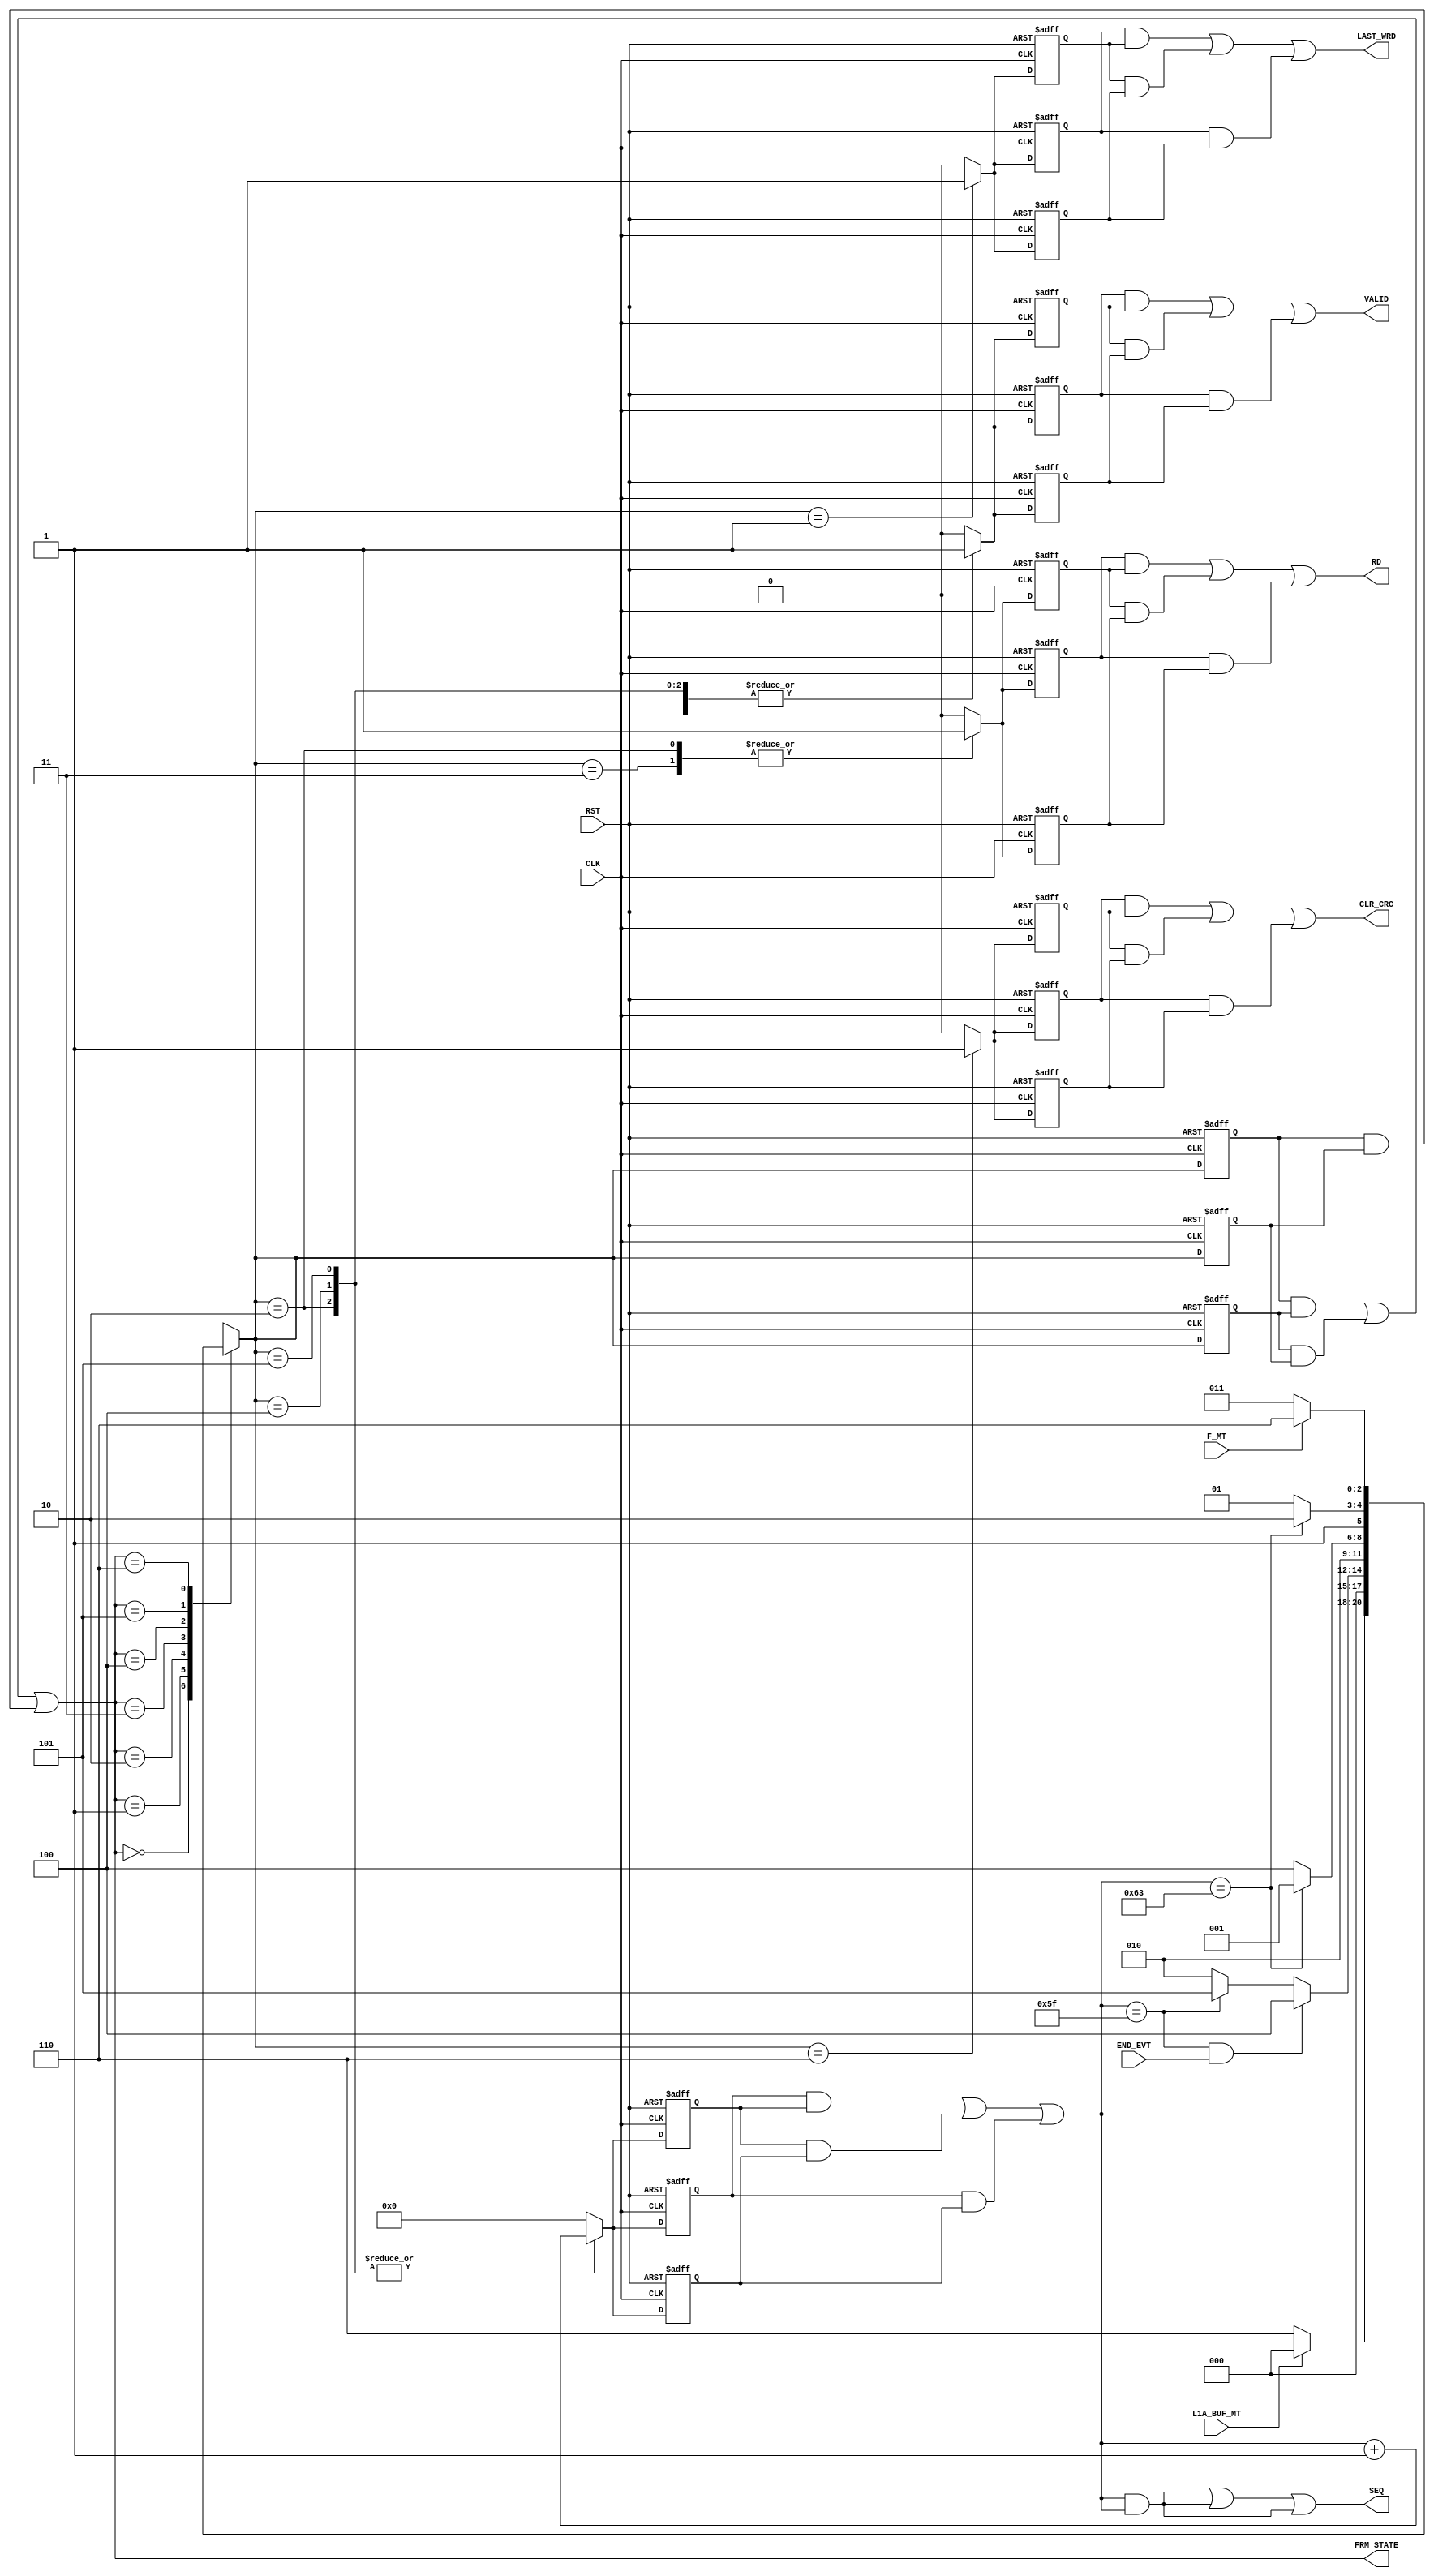

// Created by fizzim_tmr.pl version $Revision: 4.44 on 2014:08:26 at 14:06:20 (www.fizzim.com)

module ChnLnk_Frame_FSM_TMR (
  output CLR_CRC,
  output LAST_WRD,
  output RD,
  output wire [6:0] SEQ,
  output VALID,
  output wire [2:0] FRM_STATE,
  input CLK,
  input END_EVT,
  input F_MT,
  input L1A_BUF_MT,
  input RST 
);

  // state bits
  parameter 
  Idle        = 3'b000, 
  Last_Word   = 3'b001, 
  Read        = 3'b010, 
  Strt_Sample = 3'b011, 
  Tail_End    = 3'b100, 
  Tail_No_End = 3'b101, 
  W4Data      = 3'b110; 

  (* syn_preserve = "true" *) reg [2:0] state_1;
  (* syn_preserve = "true" *) reg [2:0] state_2;
  (* syn_preserve = "true" *) reg [2:0] state_3;

  (* syn_keep = "true" *) wire [2:0] voted_state_1;
  (* syn_keep = "true" *) wire [2:0] voted_state_2;
  (* syn_keep = "true" *) wire [2:0] voted_state_3;

  assign voted_state_1    = (state_1    & state_2   ) | (state_2    & state_3   ) | (state_1    & state_3   ); // Majority logic
  assign voted_state_2    = (state_1    & state_2   ) | (state_2    & state_3   ) | (state_1    & state_3   ); // Majority logic
  assign voted_state_3    = (state_1    & state_2   ) | (state_2    & state_3   ) | (state_1    & state_3   ); // Majority logic

  assign FRM_STATE = voted_state_1;

  (* syn_keep = "true" *) reg [2:0] nextstate_1;
  (* syn_keep = "true" *) reg [2:0] nextstate_2;
  (* syn_keep = "true" *) reg [2:0] nextstate_3;

  (* syn_preserve = "true" *)  reg CLR_CRC_1;
  (* syn_preserve = "true" *)  reg CLR_CRC_2;
  (* syn_preserve = "true" *)  reg CLR_CRC_3;
  (* syn_preserve = "true" *)  reg LAST_WRD_1;
  (* syn_preserve = "true" *)  reg LAST_WRD_2;
  (* syn_preserve = "true" *)  reg LAST_WRD_3;
  (* syn_preserve = "true" *)  reg RD_1;
  (* syn_preserve = "true" *)  reg RD_2;
  (* syn_preserve = "true" *)  reg RD_3;
  (* syn_preserve = "true" *)  reg [6:0] SEQ_1;
  (* syn_preserve = "true" *)  reg [6:0] SEQ_2;
  (* syn_preserve = "true" *)  reg [6:0] SEQ_3;
  (* syn_preserve = "true" *)  reg VALID_1;
  (* syn_preserve = "true" *)  reg VALID_2;
  (* syn_preserve = "true" *)  reg VALID_3;
  (* syn_preserve = "true" *)  reg [6:0] seqn_1;
  (* syn_preserve = "true" *)  reg [6:0] seqn_2;
  (* syn_preserve = "true" *)  reg [6:0] seqn_3;
  (* syn_keep = "true" *)      wire [6:0] voted_seqn_1;
  (* syn_keep = "true" *)      wire [6:0] voted_seqn_2;
  (* syn_keep = "true" *)      wire [6:0] voted_seqn_3;

  // Assignment of outputs and flags to voted majority logic of replicated registers
  assign CLR_CRC  = (CLR_CRC_1  & CLR_CRC_2 ) | (CLR_CRC_2  & CLR_CRC_3 ) | (CLR_CRC_1  & CLR_CRC_3 ); // Majority logic
  assign LAST_WRD = (LAST_WRD_1 & LAST_WRD_2) | (LAST_WRD_2 & LAST_WRD_3) | (LAST_WRD_1 & LAST_WRD_3); // Majority logic
  assign RD       = (RD_1       & RD_2      ) | (RD_2       & RD_3      ) | (RD_1       & RD_3      ); // Majority logic
  assign SEQ      = (SEQ_1      & SEQ_2     ) | (SEQ_2      & SEQ_3     ) | (SEQ_1      & SEQ_3     ); // Majority logic
  assign VALID    = (VALID_1    & VALID_2   ) | (VALID_2    & VALID_3   ) | (VALID_1    & VALID_3   ); // Majority logic
  assign voted_seqn_1     = (seqn_1     & seqn_2    ) | (seqn_2     & seqn_3    ) | (seqn_1     & seqn_3    ); // Majority logic
  assign voted_seqn_2     = (seqn_1     & seqn_2    ) | (seqn_2     & seqn_3    ) | (seqn_1     & seqn_3    ); // Majority logic
  assign voted_seqn_3     = (seqn_1     & seqn_2    ) | (seqn_2     & seqn_3    ) | (seqn_1     & seqn_3    ); // Majority logic

  // Assignment of error detection logic to replicated signals

  // comb always block
  always @* begin
    nextstate_1 = 3'bxxx; // default to x because default_state_is_x is set
    nextstate_2 = 3'bxxx; // default to x because default_state_is_x is set
    nextstate_3 = 3'bxxx; // default to x because default_state_is_x is set
    SEQ_1 = voted_seqn_1; // default
    SEQ_2 = voted_seqn_2; // default
    SEQ_3 = voted_seqn_3; // default
    case (voted_state_1)
      Idle       : if      (!L1A_BUF_MT)                       nextstate_1 = W4Data;
                   else                                        nextstate_1 = Idle;
      Last_Word  :                                             nextstate_1 = Idle;
      Read       : if      (voted_seqn_1 == 7'd95 && END_EVT)  nextstate_1 = Tail_End;
                   else if (voted_seqn_1 == 7'd95)             nextstate_1 = Tail_No_End;
                   else                                        nextstate_1 = Read;
      Strt_Sample:                                             nextstate_1 = Read;
      Tail_End   : if      (voted_seqn_1 == 7'd99)             nextstate_1 = Last_Word;
                   else                                        nextstate_1 = Tail_End;
      Tail_No_End: if      (voted_seqn_1 == 7'd99)             nextstate_1 = W4Data;
                   else                                        nextstate_1 = Tail_No_End;
      W4Data     : if      (!F_MT)                             nextstate_1 = Strt_Sample;
                   else                                        nextstate_1 = W4Data;
    endcase
    case (voted_state_2)
      Idle       : if      (!L1A_BUF_MT)                       nextstate_2 = W4Data;
                   else                                        nextstate_2 = Idle;
      Last_Word  :                                             nextstate_2 = Idle;
      Read       : if      (voted_seqn_2 == 7'd95 && END_EVT)  nextstate_2 = Tail_End;
                   else if (voted_seqn_2 == 7'd95)             nextstate_2 = Tail_No_End;
                   else                                        nextstate_2 = Read;
      Strt_Sample:                                             nextstate_2 = Read;
      Tail_End   : if      (voted_seqn_2 == 7'd99)             nextstate_2 = Last_Word;
                   else                                        nextstate_2 = Tail_End;
      Tail_No_End: if      (voted_seqn_2 == 7'd99)             nextstate_2 = W4Data;
                   else                                        nextstate_2 = Tail_No_End;
      W4Data     : if      (!F_MT)                             nextstate_2 = Strt_Sample;
                   else                                        nextstate_2 = W4Data;
    endcase
    case (voted_state_3)
      Idle       : if      (!L1A_BUF_MT)                       nextstate_3 = W4Data;
                   else                                        nextstate_3 = Idle;
      Last_Word  :                                             nextstate_3 = Idle;
      Read       : if      (voted_seqn_3 == 7'd95 && END_EVT)  nextstate_3 = Tail_End;
                   else if (voted_seqn_3 == 7'd95)             nextstate_3 = Tail_No_End;
                   else                                        nextstate_3 = Read;
      Strt_Sample:                                             nextstate_3 = Read;
      Tail_End   : if      (voted_seqn_3 == 7'd99)             nextstate_3 = Last_Word;
                   else                                        nextstate_3 = Tail_End;
      Tail_No_End: if      (voted_seqn_3 == 7'd99)             nextstate_3 = W4Data;
                   else                                        nextstate_3 = Tail_No_End;
      W4Data     : if      (!F_MT)                             nextstate_3 = Strt_Sample;
                   else                                        nextstate_3 = W4Data;
    endcase
  end

  // Assign reg'd outputs to state bits

  // sequential always block
  always @(posedge CLK or posedge RST) begin
    if (RST) begin
      state_1 <= Idle;
      state_2 <= Idle;
      state_3 <= Idle;
    end
    else begin
      state_1 <= nextstate_1;
      state_2 <= nextstate_2;
      state_3 <= nextstate_3;
    end
  end

  // datapath sequential always block
  always @(posedge CLK or posedge RST) begin
    if (RST) begin
      CLR_CRC_1 <= 0;
      CLR_CRC_2 <= 0;
      CLR_CRC_3 <= 0;
      LAST_WRD_1 <= 0;
      LAST_WRD_2 <= 0;
      LAST_WRD_3 <= 0;
      RD_1 <= 0;
      RD_2 <= 0;
      RD_3 <= 0;
      VALID_1 <= 0;
      VALID_2 <= 0;
      VALID_3 <= 0;
      seqn_1 <= 7'h00;
      seqn_2 <= 7'h00;
      seqn_3 <= 7'h00;
    end
    else begin
      CLR_CRC_1 <= 0; // default
      CLR_CRC_2 <= 0; // default
      CLR_CRC_3 <= 0; // default
      LAST_WRD_1 <= 0; // default
      LAST_WRD_2 <= 0; // default
      LAST_WRD_3 <= 0; // default
      RD_1 <= 0; // default
      RD_2 <= 0; // default
      RD_3 <= 0; // default
      VALID_1 <= 0; // default
      VALID_2 <= 0; // default
      VALID_3 <= 0; // default
      seqn_1 <= 7'h00; // default
      seqn_2 <= 7'h00; // default
      seqn_3 <= 7'h00; // default
      case (nextstate_1)
        Last_Word  :        LAST_WRD_1 <= 1;
        Read       : begin
                            RD_1 <= 1;
                            VALID_1 <= 1;
                            seqn_1 <= voted_seqn_1 + 1;
        end
        Strt_Sample: begin
                            RD_1 <= 1;
                            VALID_1 <= 1;
        end
        Tail_End   : begin
                            VALID_1 <= 1;
                            seqn_1 <= voted_seqn_1 + 1;
        end
        Tail_No_End: begin
                            VALID_1 <= 1;
                            seqn_1 <= voted_seqn_1 + 1;
        end
        W4Data     :        CLR_CRC_1 <= 1;
      endcase
      case (nextstate_2)
        Last_Word  :        LAST_WRD_2 <= 1;
        Read       : begin
                            RD_2 <= 1;
                            VALID_2 <= 1;
                            seqn_2 <= voted_seqn_2 + 1;
        end
        Strt_Sample: begin
                            RD_2 <= 1;
                            VALID_2 <= 1;
        end
        Tail_End   : begin
                            VALID_2 <= 1;
                            seqn_2 <= voted_seqn_2 + 1;
        end
        Tail_No_End: begin
                            VALID_2 <= 1;
                            seqn_2 <= voted_seqn_2 + 1;
        end
        W4Data     :        CLR_CRC_2 <= 1;
      endcase
      case (nextstate_3)
        Last_Word  :        LAST_WRD_3 <= 1;
        Read       : begin
                            RD_3 <= 1;
                            VALID_3 <= 1;
                            seqn_3 <= voted_seqn_3 + 1;
        end
        Strt_Sample: begin
                            RD_3 <= 1;
                            VALID_3 <= 1;
        end
        Tail_End   : begin
                            VALID_3 <= 1;
                            seqn_3 <= voted_seqn_3 + 1;
        end
        Tail_No_End: begin
                            VALID_3 <= 1;
                            seqn_3 <= voted_seqn_3 + 1;
        end
        W4Data     :        CLR_CRC_3 <= 1;
      endcase
    end
  end

  // This code allows you to see state names in simulation
  `ifndef SYNTHESIS
  reg [87:0] statename;
  always @* begin
    case (state_1)
      Idle       : statename = "Idle";
      Last_Word  : statename = "Last_Word";
      Read       : statename = "Read";
      Strt_Sample: statename = "Strt_Sample";
      Tail_End   : statename = "Tail_End";
      Tail_No_End: statename = "Tail_No_End";
      W4Data     : statename = "W4Data";
      default    : statename = "XXXXXXXXXXX";
    endcase
  end
  `endif

endmodule